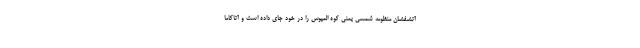
آتشفشان منظومه شمسی یعنی کوه المپوس را در خود جای داده است و آتاکاما